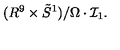
( R ^ { 9 } \times \tilde { S } ^ { 1 } ) / \Omega \cdot { \mathcal I } _ { 1 } .